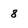
Character: 8